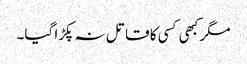
مگر کبھی کسی کا قاتل نہ پکڑا گیا۔